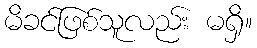
မိခင်ဖြစ်သူလည်း မရှိ။